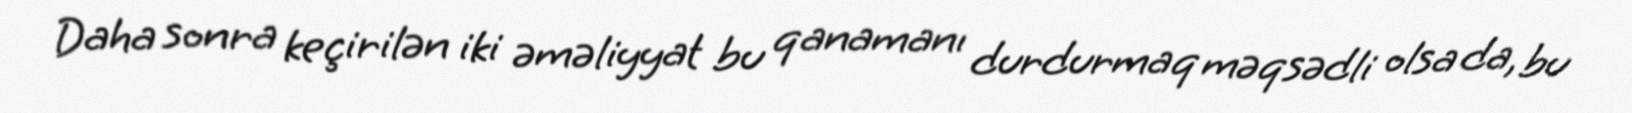
Daha sonra keçirilən iki əməliyyat bu qanamanı durdurmaq məqsədli olsa da, bu